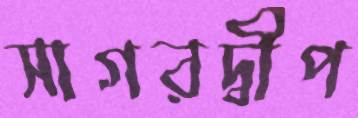
সাগরদ্বীপ